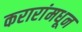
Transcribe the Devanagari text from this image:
करारांमधून